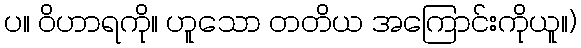
ပ။ ဝိဟာရကို။ ဟူသော တတိယ အကြောင်းကိုယူ။)